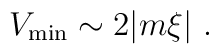
V_{\rm min}  \sim   2| m\xi| \ .